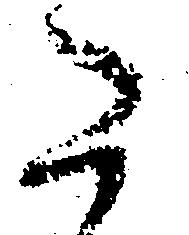
た